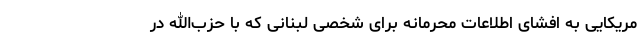
مریکایی به افشای اطلاعات محرمانه برای شخصی لبنانی که با حزب‌الله در